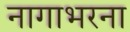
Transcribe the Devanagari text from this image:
नागाभरना